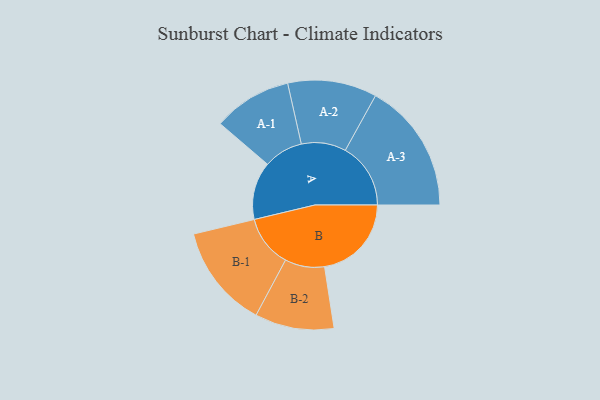
{"axis": {"x": "Segment", "y": "Value"}, "legend": ["", "A", "B"], "data": [{"x": "A", "y": 231, "type": ""}, {"x": "B", "y": 347, "type": ""}, {"x": "A-1", "y": 157, "type": "A"}, {"x": "A-2", "y": 178, "type": "A"}, {"x": "A-3", "y": 261, "type": "A"}, {"x": "B-1", "y": 207, "type": "B"}, {"x": "B-2", "y": 158, "type": "B"}]}